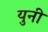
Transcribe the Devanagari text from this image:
युनी